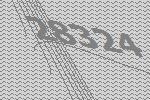
28324